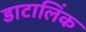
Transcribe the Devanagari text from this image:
डाटालिंक